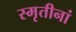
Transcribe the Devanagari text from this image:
स्मृतीनां